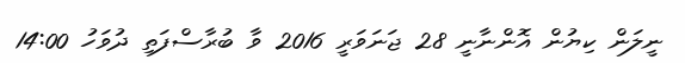
ނީލަން ކިޔުން އޮންނާނީ 28 ޖަނަވަރީ 2016 ވާ ބުރާސްފަތި ދުވަހު 14:00